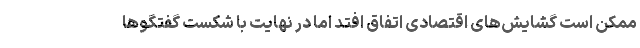
ممکن است گشایش­های اقتصادی اتفاق افتد اما در نهایت با شکست گفتگوها